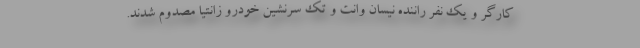
کارگر و یک نفر راننده نیسان وانت و تک سرنشین خودرو زانتیا مصدوم شدند.